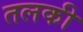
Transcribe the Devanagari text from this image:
तलकी